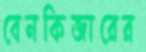
বেনকিজারের